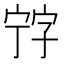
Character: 𡨸